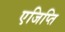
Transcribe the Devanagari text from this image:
एजिप्ति